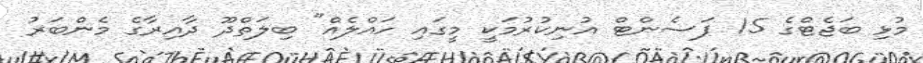
މުޅި ބަޖެޓްގެ 15 ޕަސެންޓް އުނިކުރުމަކީ މީގައި ހައްލެއް" ބިލަތްދޫ ދާއިރާގެ މެންބަރު